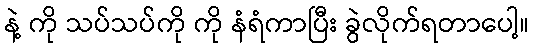
နဲ့ ကို သပ်သပ်ကို ကို နံရံကာပြီး ခွဲလိုက်ရတာပေါ့။